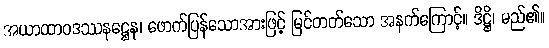
အယာထာဝဒဿနဋ္ဌေန၊ ဖောက်ပြန်သောအားဖြင့် မြင်တတ်သော အနက်ကြောင့်။ ဒိဋ္ဌိ၊ မည်၏။